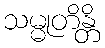
သမ္မုတိန္တိ